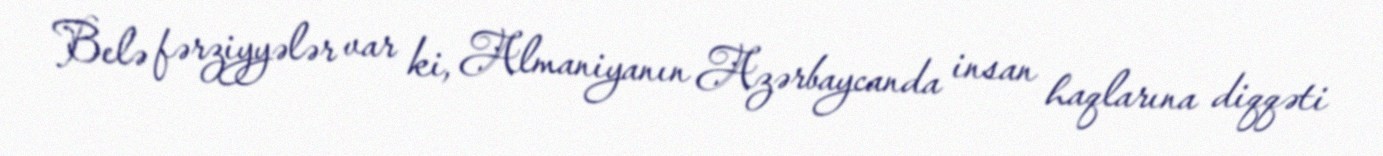
Belə fərziyyələr var ki, Almaniyanın Azərbaycanda insan haqlarına diqqəti